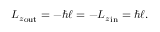
{ L _ { z } } _ { \mathrm { o u t } } = - \hbar \ell = - { L _ { z } } _ { \mathrm { i n } } = \hbar \ell .